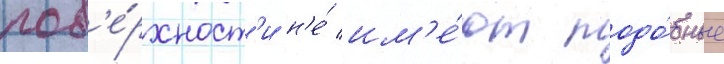
пов'е́рхност'и н'е́ им'е́ют подо́бные